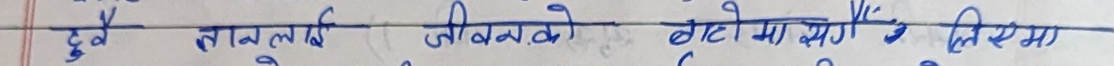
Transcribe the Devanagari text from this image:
दुवै तानलाई जीवनको बाटोमा लिएमा